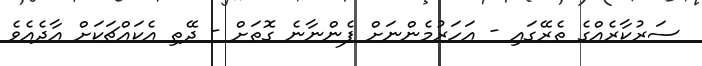
ސަރުކާރެއްގެ ތެރޭގައި - އަހަރުމެންނަށް ފެންނާނެ ގޮތަށް - ދޭތި އެކައްޗަކަށް އާދެއެވެ